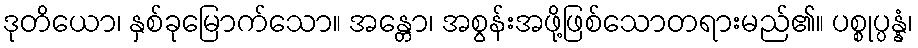
ဒုတိယော၊ နှစ်ခုမြောက်သော။ အန္တော၊ အစွန်းအဖို့ဖြစ်သောတရားမည်၏။ ပစ္စုပ္ပန္နံ၊